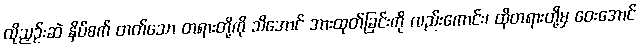
ထိုညှဉ်းဆဲ နှိပ်စက် တတ်သော တရားတို့ကို သိအောင် အားထုတ်ခြင်းကို လည်းကောင်း၊ ထိုတရားတို့မှ ဝေးအောင်